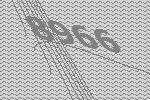
8966